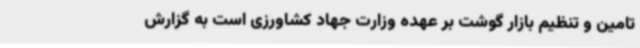
تامین و تنظیم بازار گوشت بر عهده وزارت جهاد کشاورزی است به گزارش